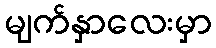
မျက်နှာလေးမှာ